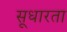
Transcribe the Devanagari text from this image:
सूधारता